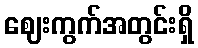
ဈေးကွက်အတွင်းရှိ